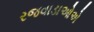
રજવાડાઓએ